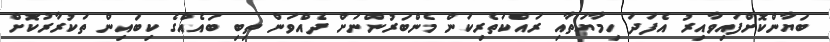
ބަޔާންކޮށްފައިވާއިރު އެފަދަ ހިމާޔަތާއި ރައްކަތެރިކަން މެންބަރުންނަށް ދެއްވަން ތިބި ބައެއްގެ ކިބައިން ތަކުރާރުކޮށް